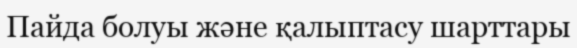
Пайда болуы және қалыптасу шарттары